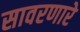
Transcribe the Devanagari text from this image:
सावरणारे